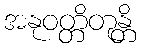
အနုဝတ္တိတုန္တိ